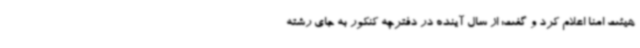
هیئت امنا اعلام کرد و گفت: از سال آینده در دفترچه کنکور به جای رشته